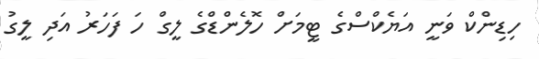
ހިޑިންކް ވަނީ އަޔެކްސްގެ ޓީމަށް ހޮލެންޑްގެ ލީގް ހަ ފަހަރު އަދި ލީގު